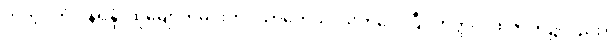
တကွ။ တံဝါနရိန္ဒံ၊ ထိုမျောက်မင်းကို။ ဃာတေသိ၊ သတ်လေပြီ။ တတ္ထပိ၊ ထိုဇာတ်၌လည်း။